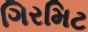
ગિરમિટ